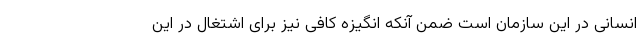
انسانی در این سازمان است ضمن آنکه انگیزه کافی نیز برای اشتغال در این